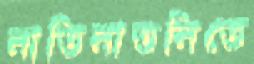
নাতিনাতনিতে